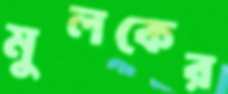
মুলকের